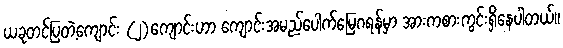
ယခုတင်ပြတဲ့ကျောင်း (၂)ကျောင်းဟာ ကျောင်းအမည်ပေါက်မြေဂရန်မှာ အားကစားကွင်းရှိနေပါတယ်။